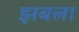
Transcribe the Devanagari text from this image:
झबला